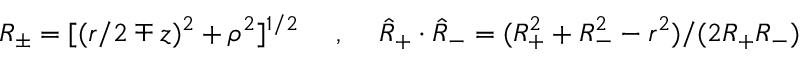
\begin{array} { c c c } { { R _ { \pm } = [ ( r / 2 \mp z ) ^ { 2 } + \rho ^ { 2 } ] ^ { 1 / 2 } } } & { { \mathrm { ~ , ~ } } } & { { \hat { R } _ { + } \cdot \hat { R } _ { - } = ( R _ { + } ^ { 2 } + R _ { - } ^ { 2 } - r ^ { 2 } ) / ( 2 R _ { + } R _ { - } ) } } \end{array}